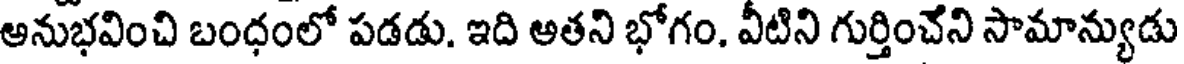
అనుభవించి బంధంలో పడడు. ఇది అతని భోగం, వీటిని గుర్తించేని సామాన్యుడు